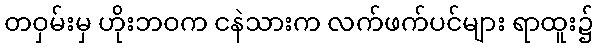
တဝှမ်းမှ ဟိုးဘဝက ငနဲသားက လက်ဖက်ပင်များ ရာထူး၌